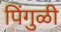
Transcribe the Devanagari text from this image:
पिंगुळी